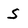
Character: S